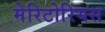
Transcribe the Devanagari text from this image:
मेरिटोरियस